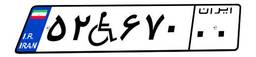
۸۷W۴۵۲۷۱